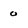
Character: 0